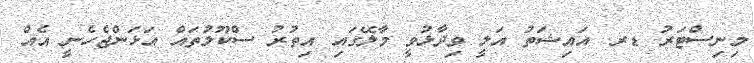
މިނިސްޓަރު ޑރ. އައިޝަތު އަލީ ވިދާޅުވީ މާލޭގައި އިތުރު ސްކޫލުތައް އަޅަންޖެހެނީ އެއް